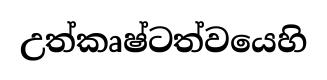
උත්කෘෂ්ටත්වයෙහි